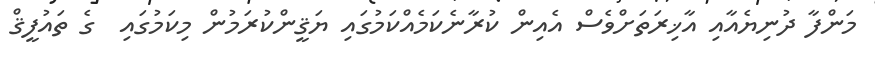
މަންފާ ދުނިޔެއާއި އާޚިރަތަށްވެސް އެއިން ކުރާނެކަމެއްކަމުގައި ޔަޤީންކުރަމުން މިކަމުގައި  ގެ ތައުފީޤް